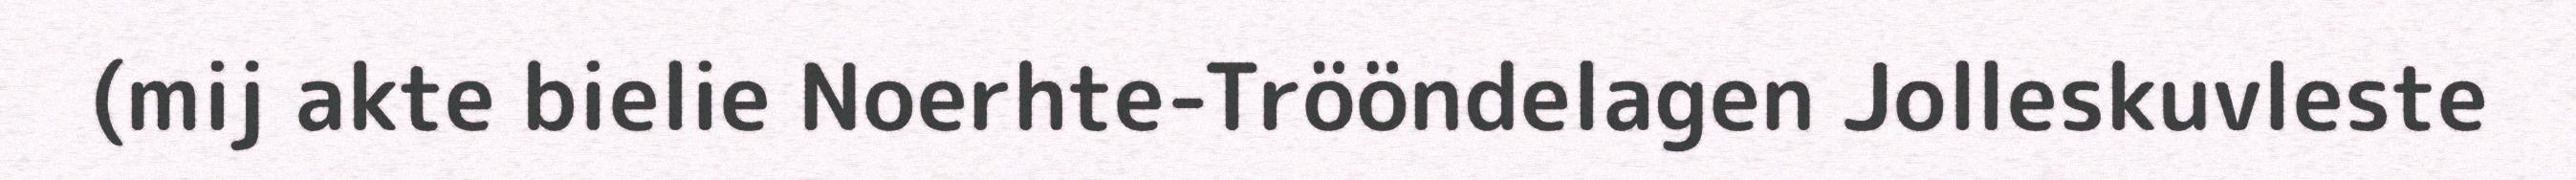
(mij akte bielie Noerhte-Trööndelagen Jolleskuvleste